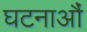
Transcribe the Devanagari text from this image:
घटनाऔं